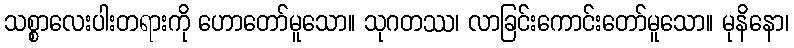
သစ္စာလေးပါးတရားကို ဟောတော်မူသော။ သုဂတဿ၊ လာခြင်းကောင်းတော်မူသော။ မုနိနော၊